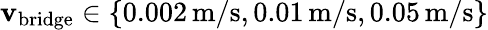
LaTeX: \mathbf{v}_{\mathrm{{bridge}}}\in\left\{ 0.002\, \mathrm{{m}}/\mathrm{{s}},0.01\, \mathrm{{m}}/\mathrm{{s}},0.05\, \mathrm{{m}}/\mathrm{{s}}\right\}